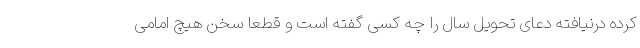
کرده درنیافته دعای تحویل سال را چه کسی گفته است و قطعا سخن هیچ امامی